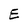
Character: E